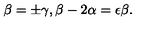
\beta = \pm \gamma , \beta - 2 \alpha = \epsilon \beta .